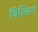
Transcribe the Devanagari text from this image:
बिल्डिगं